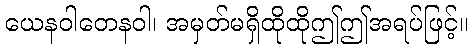
ယေနဝါတေနဝါ၊ အမှတ်မရှိထိုထိုဤဤအရပ်ဖြင့်။